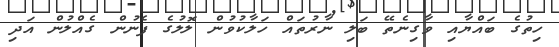
ހިތުގެ ބައްޔާއި ވާގިނެތޭ ބަލި ނާރުތައް ހަލާކުވުން ލޮލުގެ ފެނުން ގެއްލުން އަދި